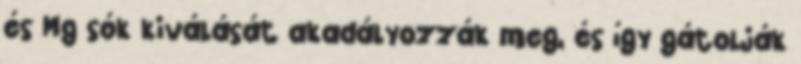
és Mg sók kiválását akadályozzák meg, és így gátolják